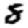
Digit: 8